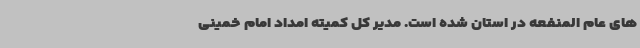
های عام المنفعه در استان شده است. مدیر کل کمیته امداد امام خمینی